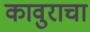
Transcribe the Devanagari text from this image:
कावुराचा